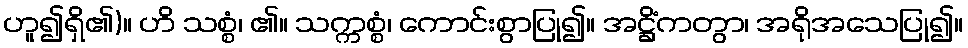
ဟူ၍ရှိ၏)။ ဟိ သစ္စံ၊ ၏။ သက္ကစ္စံ၊ ကောင်းစွာပြု၍။ အဋ္ဌိံကတွာ၊ အရိုအသေပြု၍။